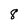
Character: 8